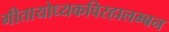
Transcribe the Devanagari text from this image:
गीतायोध्यकविरहालम्बन